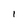
Character: l